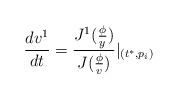
\begin{align*}\frac{dv^1}{dt}=\frac{J^1(\frac \phi y)}{J(\frac \phi v)}|_{(t^{*},p_i)}\end{align*}